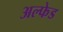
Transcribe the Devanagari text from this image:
अल्फेड